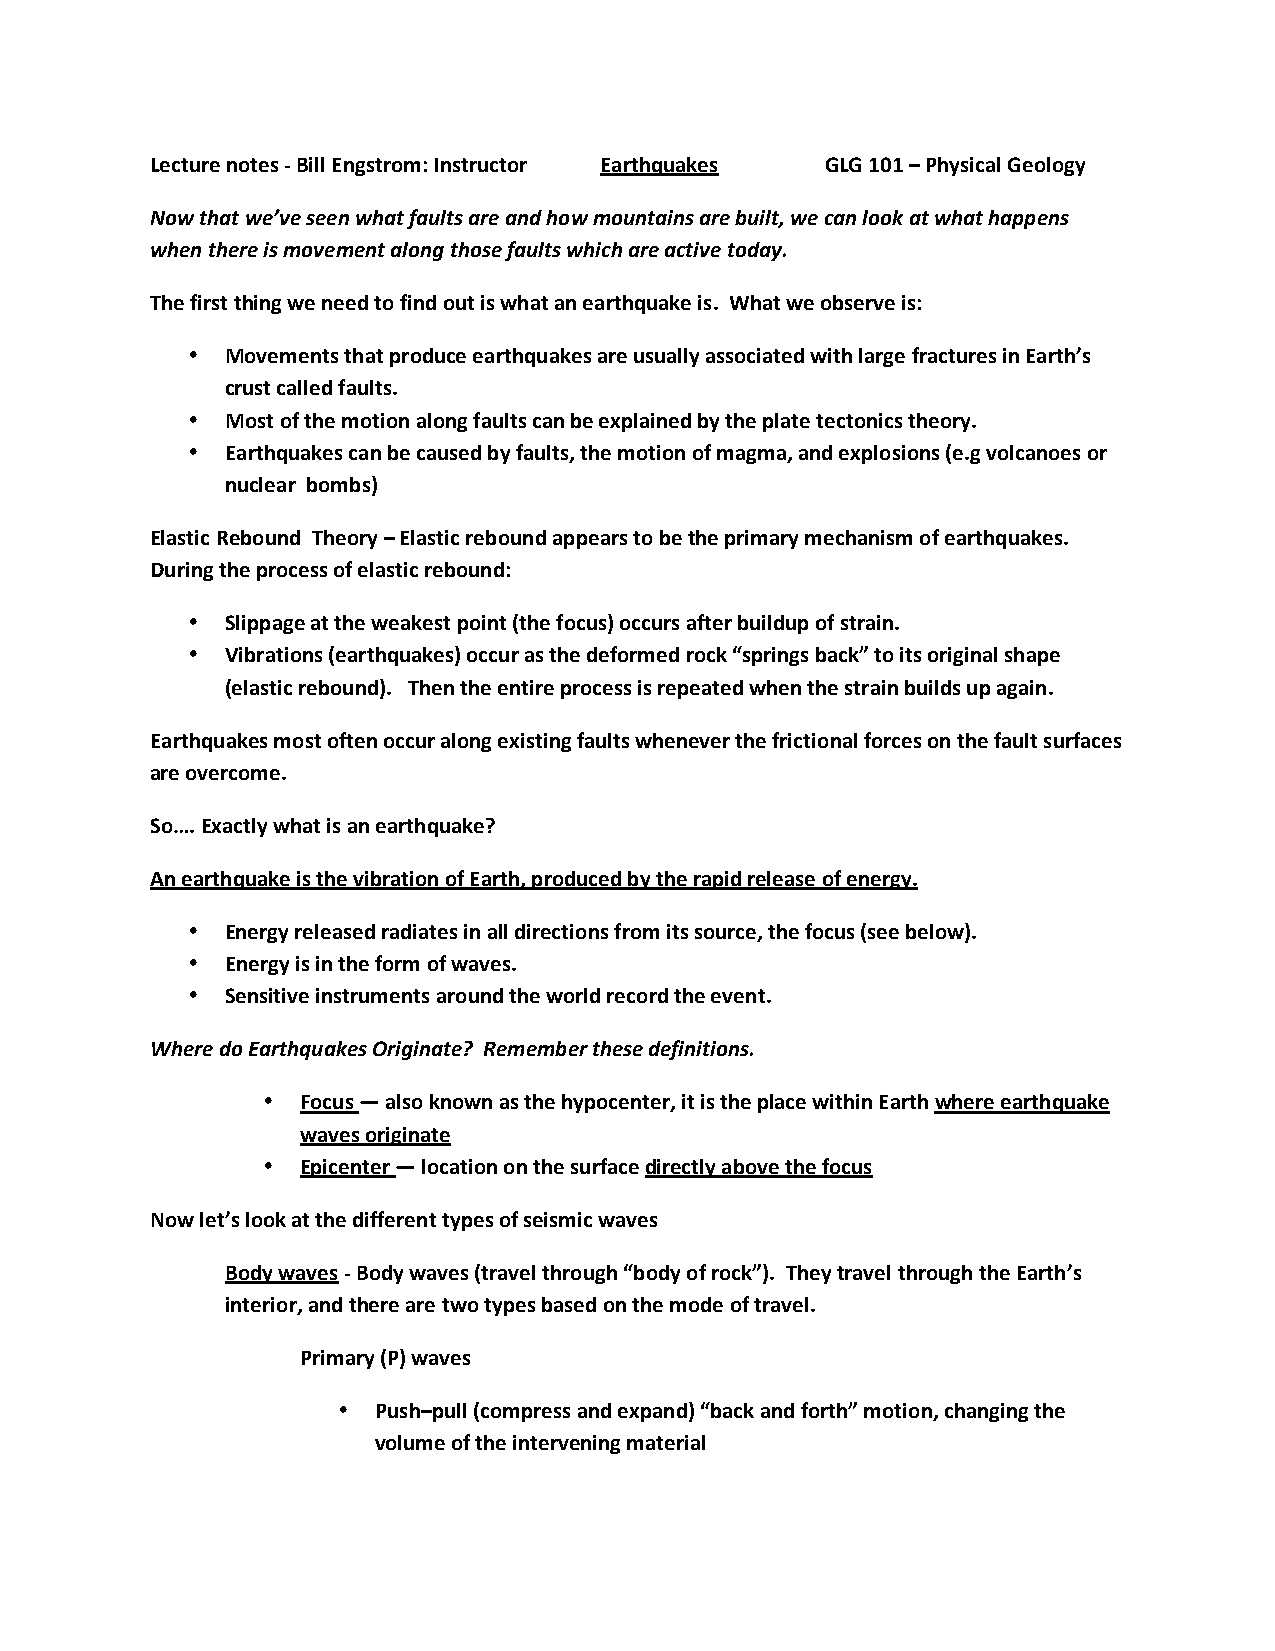
Lecture notes ‐ Bill Engstrom: Instructor Earthquakes GLG 101 – Physical Geology
 Now that we’ve seen what faults are and how mountains are built, we can look at what happens
 when there is movement along those faults which are active today.
 The first thing we need to find out is what an earthquake is. What we observe is:
 •  Movements that produce earthquakes are usually associated with large fractures in Earth’s
 crust called faults.
 •  Most of the motion along faults can be explained by the plate tectonics theory.
 •  Earthquakes can be caused by faults, the motion of magma, and explosions (e.g volcanoes or
 nuclear bombs)
 Elastic Rebound Theory – Elastic rebound appears to be the primary mechanism of earthquakes.
 During the process of elastic rebound:
 •  Slippage at the weakest point (the focus) occurs after buildup of strain.
 •  Vibrations (earthquakes) occur as the deformed rock “springs back” to its original shape
 (elastic rebound). Then the entire process is repeated when the strain builds up again.
 Earthquakes most often occur along existing faults whenever the frictional forces on the fault surfaces
 are overcome.
 So…. Exactly what is an earthquake?
 An earthquake is the vibration of Earth, produced by the rapid release of energy.
 •  Energy released radiates in all directions from its source, the focus (see below).
 •  Energy is in the form of waves.
 •  Sensitive instruments around the world record the event.
 Where do Earthquakes Originate? Remember these definitions.
 •  Focus — also known as the hypocenter, it is the place within Earth where earthquake
 waves originate
 •  Epicenter — location on the surface directly above the focus
 Now let’s look at the different types of seismic waves
 Body waves ‐ Body waves (travel through “body of rock”). They travel through the Earth’s
 interior, and there are two types based on the mode of travel.
 Primary (P) waves
 •  Push–pull (compress and expand) “back and forth” motion, changing the
 volume of the intervening material